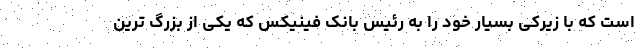
است که با زیرکی بسیار خود را به رئیس بانک فینیکس که یکی از بزرگ ترین